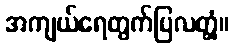
အကျယ်ရေတွက်ပြလတ္တံ့။